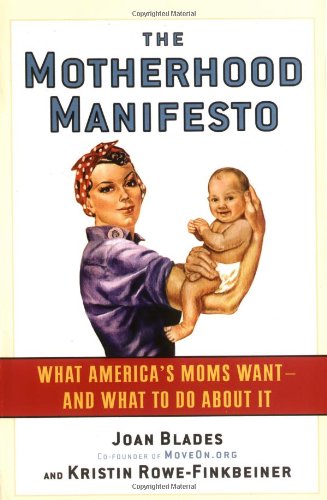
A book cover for The Motherhood Manifesto: What America's Moms Want - and What To Do About It; Joan Blades; Gay & Lesbian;